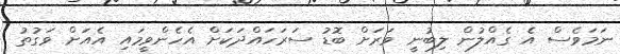
ނަމަވެސް އެ ގެއްލުން ލިބުނީ ވަރަށް ބޮޑު ސަރަހައްދަކަށް އެހެންވީމައި އެއަށް ވަގުތު